Scottish Certificate of Education, 1962
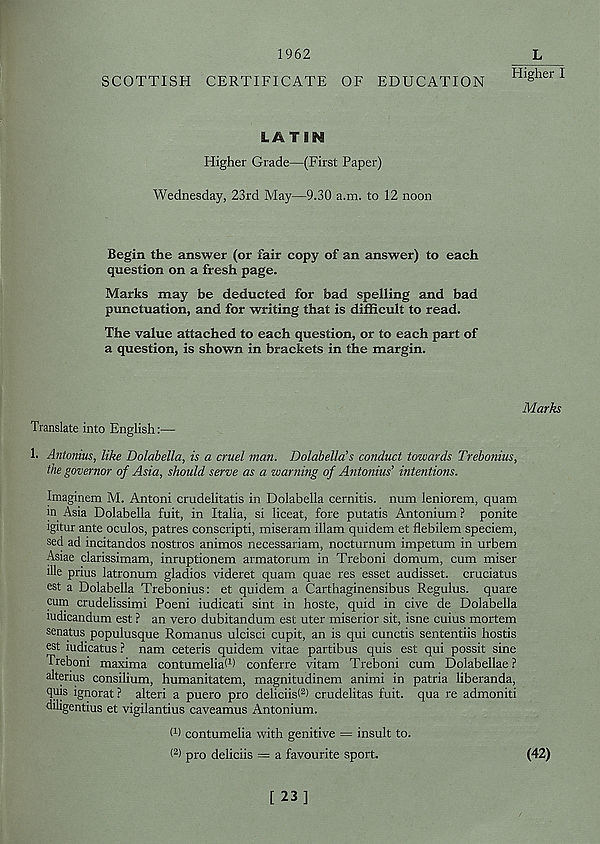
1962
L
Higher I
SCOTTISH CERTIFICATE OF EDUCATION
LATIN
Higher Grade—(First Paper)
Wednesday, 23rd May—9.30 a.m. to 12 noon
Begin the answer (or fair copy of an answer) to each
question on a fresh page.
Marks may be deducted for bad spelling and bad
punctuation, and for writing that is difficult to read.
The value attached to each question, or to each part of
a question, is shown in brackets in the margin.
Marks
Translate into English:—
1. Antonins, like Dolabella, is a cruel man. Dolabellds conduct towards Trebonius,
the governor of Asia, should serve as a warning of Antonins' intentions.
Imaginem M. Antoni crudelitatis in Dolabella cernitis. num leniorem, quam
in Asia Dolabella fait, in Italia, si liceat, fore putatis Antonium ? ponite
igitur ante oculos, patres conscripti, miseram illam quidem et flebilem speciem,
sed ad incitandos nostros animos necessariam, nocturnum impetum in urbem
Asiae clarissimam, inruptionem armatorum in Treboni domum, cum miser
ille prius latronum gladios videret quam quae res esset audisset. cruciatus
est a Dolabella Trebonius: et quidem a Carthaginensibus Regulus. quare
cum crudelissimi Poeni iudicati sint in hoste, quid in cive de Dolabella
ludicandum est ? an vero dubitandum est uter miserior sit, isne cuius mortem
senatus populusque Romanus ulcisci cupit, an is qui cunctis sententiis hostis
est mdicatus ? nam ceteris quidem vitae partibus quis est qui possit sine
freboni maxima contumelia' 1 ) conferre vitam Treboni cum Dolabellae ?
alterius consilium, humanitatem, magnitudinem animi in patria liberanda,
quis ignorat ? alteri a puero pro deliciis< 2 ) crudelitas fuit. qua re admoniti
diligentius et vigilantius caveamus Antonium.
(9 contumelia with genitive = insult to.
( 2 ) pro deliciis = a favourite sport.
(42)
[23]